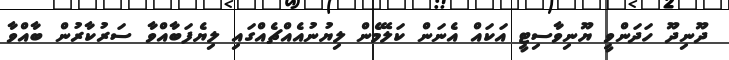
ދޫނިދޫ ހަދަންވީ ޔޫނިވާސިޓީ އަކައް އެނަން ކަލޭމެން ލިޔުނުއެއްޗެއްގައި ލިޔެފަބާއްވާ ސަރުކާރުން ބާއްވާ